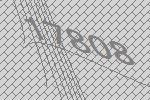
17808